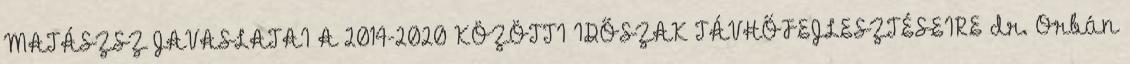
MATÁSZSZ JAVASLATAI A 2014-2020 KÖZÖTTI IDŐSZAK TÁVHŐFEJLESZTÉSEIRE dr. Orbán